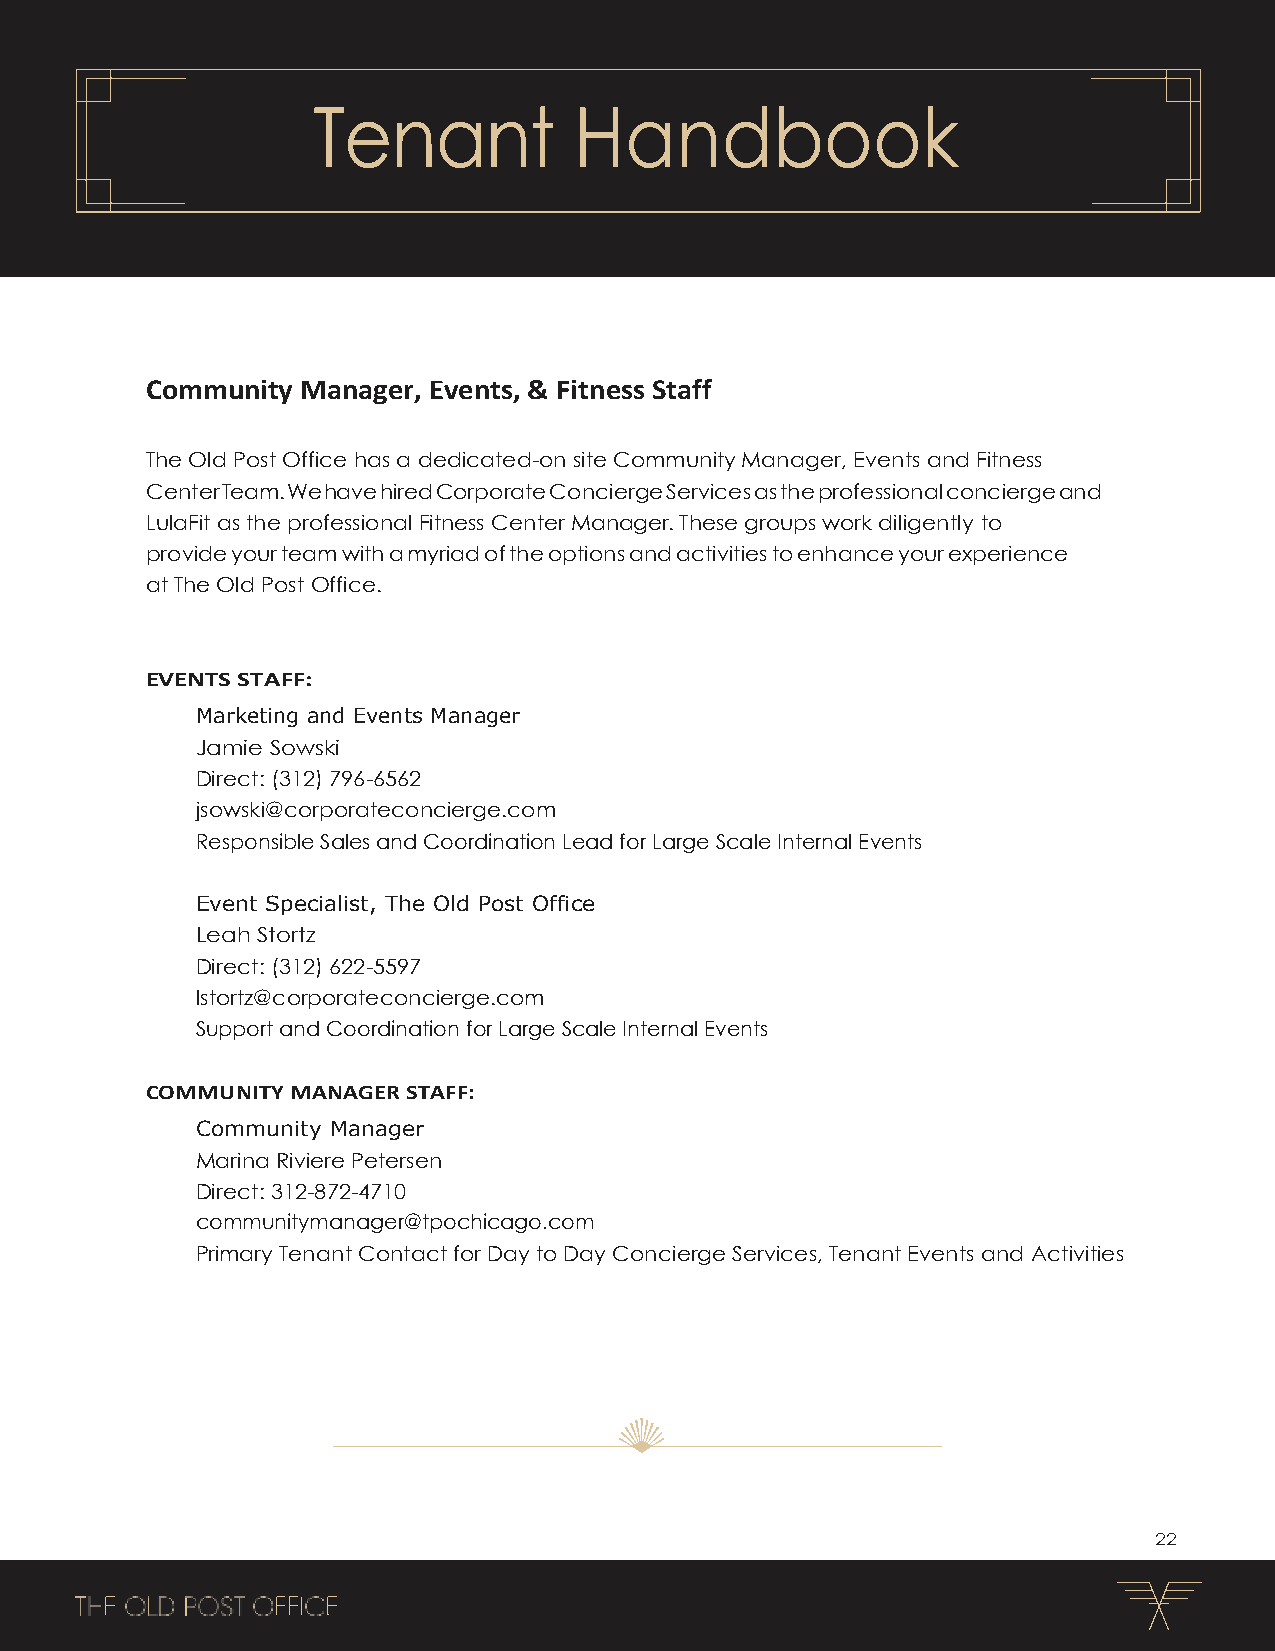
Tenant           Handbook
 Community Manager, Events, & Fitness Staff
 The Old Post Office has a dedicated-on site Community Manager, Events and Fitness
 Center Team. We have hired Corporate Concierge Services as the professional concierge and
 LulaFit as the professional Fitness Center Manager. These groups work diligently to
 provide your team with a myriad of the options and activities to enhance your experience
 at The Old Post Office.
 EVENTS STAFF:
 Marketing and Events Manager
 Jamie Sowski
 Direct: (312) 796-6562
 jsowski@corporateconcierge.com
 Responsible Sales and Coordination Lead for Large Scale Internal Events
 Event Specialist, The Old Post Office
 Leah Stortz
 Direct: (312) 622-5597
 lstortz@corporateconcierge.com
 Support and Coordination for Large Scale Internal Events
 COMMUNITY MANAGER STAFF:
 Community Manager
 Marina Riviere Petersen
 Direct: 312-872-4710
 communitymanager@tpochicago.com
 Primary Tenant Contact for Day to Day Concierge Services, Tenant Events and Activities
 22